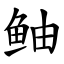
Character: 鲉